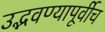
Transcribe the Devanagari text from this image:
उद्भवण्यापूर्वीच